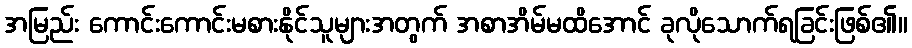
အမြည်း ကောင်းကောင်းမစားနိုင်သူများအတွက် အစာအိမ်မထိအောင် ခုလိုသောက်ရခြင်းဖြစ်၏။